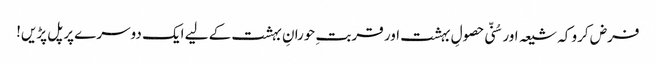
فرض کرو کہ شیعہ اور سُنّی حصولِ بہشت اور قربتِ حورانِ بہشت کے لیے ایک دوسرے پر پل پڑیں!